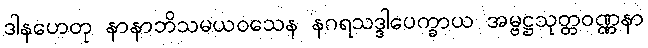
ဒါနဟေတု နာနာဘိသမယဝသေန နဂရသဒ္ဒါပေက္ခာယ အမ္ဗဋ္ဌသုတ္တဝဏ္ဏနာ